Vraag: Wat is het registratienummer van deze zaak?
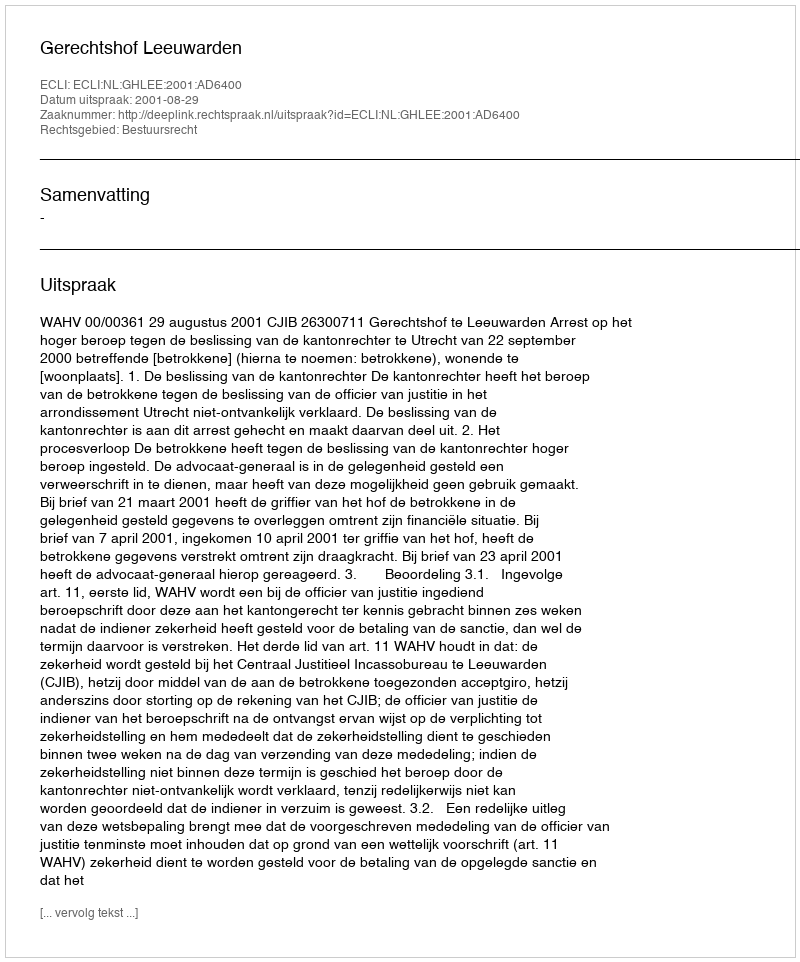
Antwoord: http://deeplink.rechtspraak.nl/uitspraak?id=ECLI:NL:GHLEE:2001:AD6400